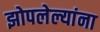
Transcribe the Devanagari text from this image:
झोपलेल्यांना